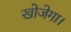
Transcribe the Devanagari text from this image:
खोजेगा।